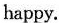
happy.